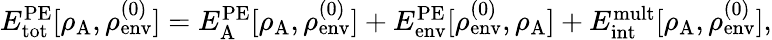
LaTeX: \begin{array}{r}{E_{\mathrm{tot}}^{\mathrm{PE}}[\rho_{\mathrm{A}},\rho_{\mathrm{env}}^{(0)}]=E_{\mathrm{A}}^{\mathrm{PE}}[\rho_{\mathrm{A}},\rho_{\mathrm{env}}^{(0)}]+E_{\mathrm{env}}^{\mathrm{PE}}[\rho_{\mathrm{env}}^{(0)},\rho_{\mathrm{A}}]+E_{\mathrm{int}}^{\mathrm{mult}}[\rho_{\mathrm{A}},\rho_{\mathrm{env}}^{(0)}],}\end{array}